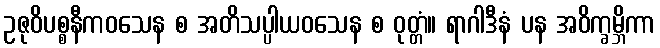
ဥဇုဝိပစ္စနီကဝသေန စ အတိသပ္ပါယဝသေန စ ဝုတ္တံ။ ရာဂါဒီနံ ပန အဝိက္ခမ္ဘိကာ